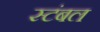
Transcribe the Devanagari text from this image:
स्टंबल